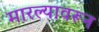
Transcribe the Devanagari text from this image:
मारल्यावरून